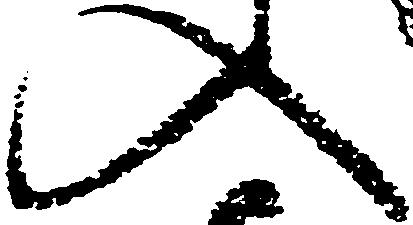
入